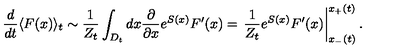
\frac { d } { d t } \langle F ( x ) \rangle _ { t } \sim \frac { 1 } { Z _ { t } } \int _ { D _ { t } } d x \frac { \partial } { \partial x } e ^ { S ( x ) } F ^ { \prime } ( x ) = \left. \frac { 1 } { Z _ { t } } e ^ { S ( x ) } F ^ { \prime } ( x ) \right| _ { x _ { - } ( t ) } ^ { x _ { + } ( t ) } .